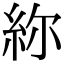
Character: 𥿜